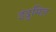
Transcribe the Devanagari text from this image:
इंदुमिल